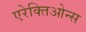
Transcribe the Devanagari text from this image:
एरेक्तिओन्स